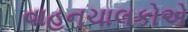
વાહનચાલકોએ